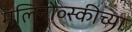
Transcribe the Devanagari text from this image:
मॅलिनोव्स्कीच्या